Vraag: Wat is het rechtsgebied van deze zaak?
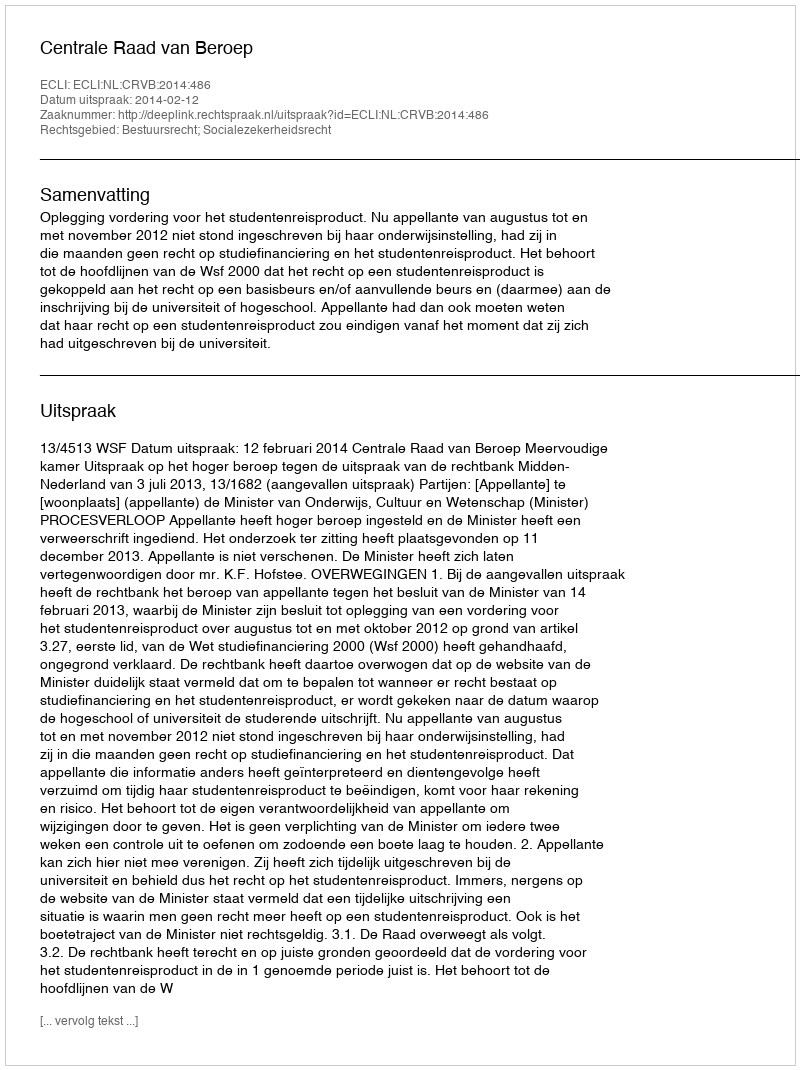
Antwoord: Bestuursrecht; Socialezekerheidsrecht